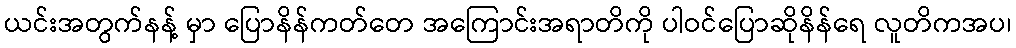
ယင်းအတွက်နန့် မှာ ပြောနိန်ကတ်တေ အကြောင်းအရာတိကို ပါဝင်ပြောဆိုနိန်ရေ လူတိကအပ၊